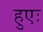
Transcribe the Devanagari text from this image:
हुएः